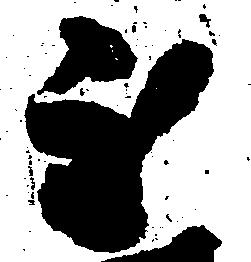
至